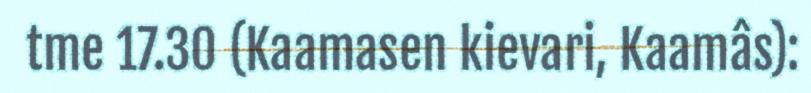
tme 17.30 (Kaamasen kievari, Kaamâs):